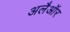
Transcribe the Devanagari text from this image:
अलैऑर